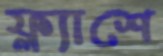
ফ্ল্যাশে